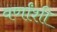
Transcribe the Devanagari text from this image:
वर्णांशी